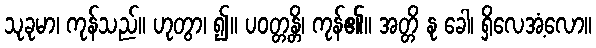
သုခုမာ၊ ကုန်သည်။ ဟုတွာ၊ ၍။ ပဝတ္တန္တိ၊ ကုန်၏။ အတ္တိ နု ခေါ၊ ရှိလေအံ့လော။